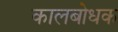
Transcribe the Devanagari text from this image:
कालबोधक